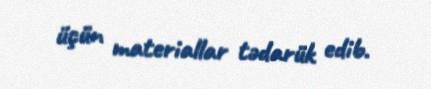
üçün materiallar tədarük edib.